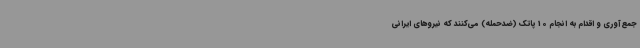
جمع‌آوری و اقدام به انجام 10 پاتک (ضدحمله) می‌کنند که نیروهای ایرانی